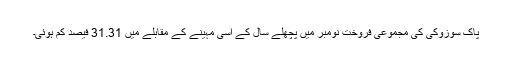
پاک سوزوکی کی مجموعی فروخت نومبر میں پچھلے سال کے اسی مہینے کے مقابلے میں 31.31 فیصد کم ہوئی۔